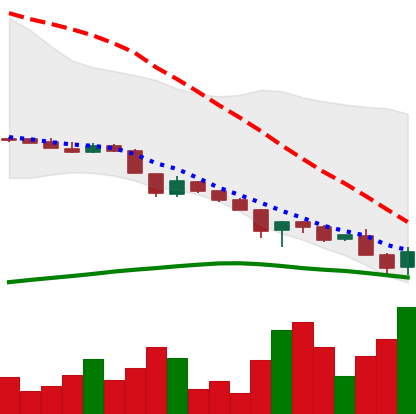
Ticker: DOGE-USD
Chart end date: 2018-11-21
Forward return: -14.257%
Label: down_7plus